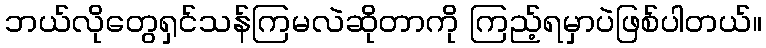
ဘယ်လိုတွေရှင်သန်ကြမလဲဆိုတာကို ကြည့်ရမှာပဲဖြစ်ပါတယ်။